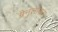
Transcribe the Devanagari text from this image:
ग्रैनुलोसस